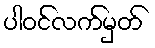
ပါဝင်လက်မှတ်